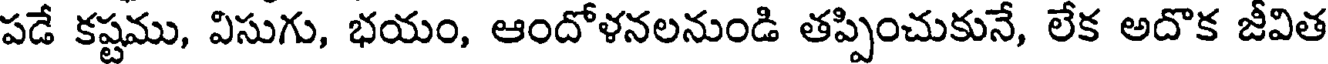
పడే కష్టము, విసుగు, భయం, ఆందోళనలనుండి తప్పించుకునే, లేక అదొక జీవిత